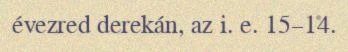
évezred derekán, az i. e. 15–14.